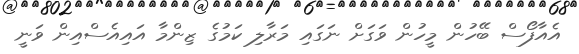
އެއާފޯސް ބޭހުން މީހުން ވަގަށް ނަގައި މަރާލި ކަމުގެ ޒިންމާ އައިއެސްއިން ވަނީ